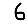
Digit: 6